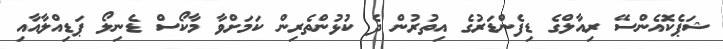
ޝަޕެކޮއެންސޭ ރިއާލްގެ ޑިފެންޑަރުގެ އިތުރުން ދެ ކުޅުންތެރިން ކަމަށްވާ މާކޯސް ޑެނިލޯ ޕަޑިއްލާއާއި